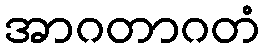
အာဂတာဂတံ